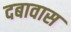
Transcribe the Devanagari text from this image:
दबावास